Indian journal of veterinary science and animal husbandry - Volume 4,
Year: 1934
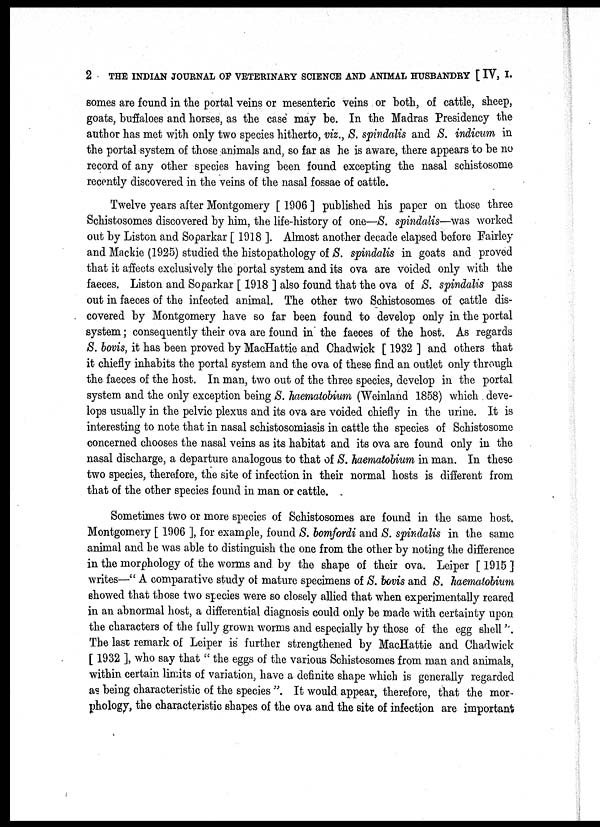
2
THE INDIAN JOURNAL OF VETERINARY SCIENCE AND ANIMAL HUSBANDRY [ IV, I.
somes are found in the portal veins or mesenteric veins or both, of cattle, sheep,
goats, buffaloes and horses, as the case may be. In the Madras Presidency the
author has met with only two species hitherto, viz., S. spindalis and S. indicum in
the portal system of those animals and, so far as he is aware, there appears to be no
record of any other species having been found excepting the nasal schistosome
recently discovered in the veins of the nasal fossae of cattle.
Twelve years after Montgomery [ 1906 ] published his paper on those three
Schistosomes discovered by him, the life-history of one—S. spindalis—was worked
out by Liston and Soparkar [ 1918 ]. Almost another decade elapsed before Fairley
and Mackie (1925) studied the histopathology of S. spindalis in goats and proved
that it affects exclusively the portal system and its ova are voided only with the
faeces. Liston and Soparkar [ 1918 ] also found that the ova of S. spindalis pass
out in faeces of the infected animal. The other two Schistosomes of cattle dis-
covered by Montgomery have so far been found to develop only in the portal
system; consequently their ova are found in the faeces of the host. As regards
S. bovis, it has been proved by MacHattie and Chadwick [ 1932 ] and others that
it chiefly inhabits the portal system and the ova of these find an outlet only through
the faeces of the host. In man, two out of the three species, develop in the portal
system and the only exception being S. haematobium (Weinland 1858) which deve-
lops usually in the pelvic plexus and its ova are voided chiefly in the urine. It is
interesting to note that in nasal schistosomiasis in cattle the species of Schistosome
concerned chooses the nasal veins as its habitat and its ova are found only in the
nasal discharge, a departure analogous to that of S. haematobium in man. In these
two species, therefore, the site of infection in their normal hosts is different from
that of the other species found in man or cattle.
Sometimes two or more species of Schistosomes are found in the same host.
Montgomery [ 1906 ], for example, found S. bomfordi and S. spindalis in the same
animal and he was able to distinguish the one from the other by noting the difference
in the morphology of the worms and by the shape of their ova. Leiper [ 1915 ]
writes—" A comparative study of mature specimens of S. bovis and S. haematobium
showed that those two species were so closely allied that when experimentally reared
in an abnormal host, a differential diagnosis could only be made with certainty upon
the characters of the fully grown worms and especially by those of the egg shell'.
The last remark of Leiper is further strengthened by MacHattie and Chadwick
[ 1932 ], who say that " the eggs of the various Schistosomes from man and animals,
within certain limits of variation, have a definite shape which is generally regarded
as being characteristic of the species ". It would appear, therefore, that the mor-
phology, the characteristic shapes of the ova and the site of infection are important